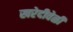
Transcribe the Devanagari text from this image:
खरेदीवेळी